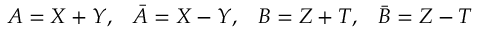
A = X + Y , \; \; \; \bar { A } = X - Y , \; \; \; B = Z + T , \; \; \; \bar { B } = Z - T